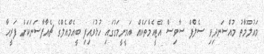
މައުލޫމާތު މުއްސަނދިވި ސެލްފް ސާވިސް އޭޓީއެމްތަކެއް އަމީނީމަގުގައި ހުޅުވައިފި ބީއެމްއެލްގެ ޗެއާޕާސަނަކަށް ފަރީހާ